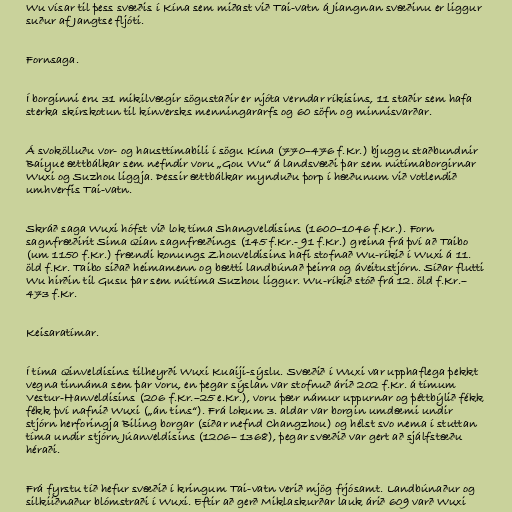
Wu vísar til þess svæðis í Kína sem miðast við Tai-vatn á Jiangnan svæðinu er liggur
suður af Jangtse fljóti.

Fornsaga.

Í borginni eru 31 mikilvægir sögustaðir er njóta verndar ríkisins, 11 staðir sem hafa
sterka skírskotun til kínversks menningararfs og 60 söfn og minnisvarðar.

Á svokölluðu vor- og hausttímabili í sögu Kína (770–476 f.Kr.) bjuggu staðbundnir
Baiyue ættbálkar sem nefndir voru „Gou Wu“ á landsvæði þar sem nútímaborgirnar
Wuxi og Suzhou liggja. Þessir ættbálkar mynduðu þorp í hæðunum við votlendið
umhverfis Tai-vatn.

Skráð saga Wuxi hófst við lok tíma Shangveldisins (1600–1046 f.Kr.). Forn
sagnfræðirit Sima Qian sagnfræðings (145 f.Kr.- 91 f.Kr.) greina frá því að Taibo
(um 1150 f.Kr.) frændi konungs Zhouveldisins hafi stofnað Wu-ríkið í Wuxi á 11.
öld f.Kr. Taibo siðað heimamenn og bætti landbúnað þeirra og áveitustjórn. Síðar flutti
Wu hirðin til Gusu þar sem nútíma Suzhou liggur. Wu-ríkið stóð frá 12. öld f.Kr.–
473 f.Kr.

Keisaratímar.

Í tíma Qinveldisins tilheyrði Wuxi Kuaiji-sýslu. Svæðið í Wuxi var upphaflega þekkt
vegna tinnáma sem þar voru, en þegar sýslan var stofnuð árið 202 f.Kr. á tímum
Vestur-Hanveldisins (206 f.Kr.–25 e.Kr.), voru þær námur uppurnar og þéttbýlið fékk
fékk því nafnið Wuxi („án tins“). Frá lokum 3. aldar var borgin umdæmi undir
stjórn herforingja Biling borgar (síðar nefnd Changzhou) og hélst svo nema í stuttan
tíma undir stjórn Júanveldisins (1206– 1368), þegar svæðið var gert að sjálfstæðu
héraði.

Frá fyrstu tíð hefur svæðið í kringum Tai-vatn verið mjög frjósamt. Landbúnaður og
silkiiðnaður blómstraði í Wuxi. Eftir að gerð Miklaskurðar lauk árið 609 varð Wuxi